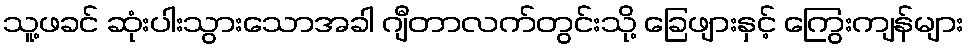
သူ့ဖခင် ဆုံးပါးသွားသောအခါ ဂျီတာလက်တွင်းသို့ ခြေဖျားနှင့် ကြွေးကျန်များ